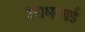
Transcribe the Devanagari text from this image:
इरामलाई